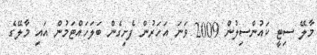
މާލޭ ސިޓީ ކައުންސިލުން 2009 ވަނަ އަހަރުން ފެށިގެން ބަލަހައްޓަމުން އައި މާލޭގެ